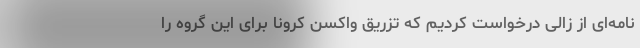
نامه‌ای از زالی درخواست کردیم که تزریق واکسن کرونا برای این گروه را